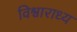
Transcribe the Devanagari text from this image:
विश्वाराध्य